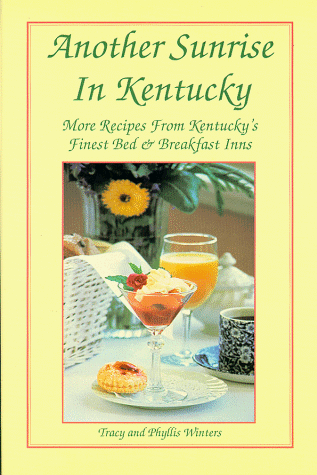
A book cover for Another Sunrise in Kentucky: More Recipes from Kentucky's Finest Bed & Breakfast Inns; Tracy Winters; Travel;